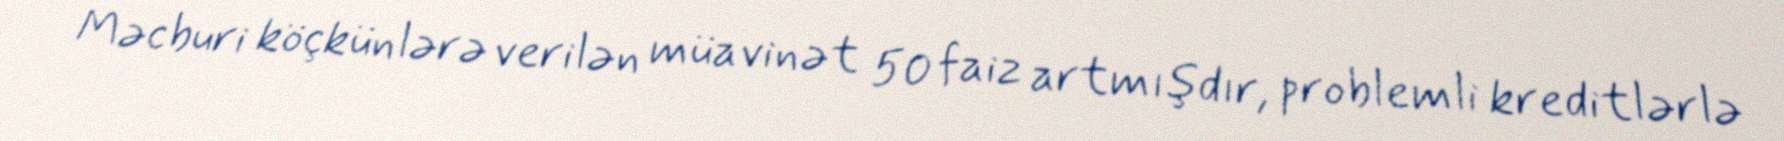
Məcburi köçkünlərə verilən müavinət 50 faiz artmışdır, problemli kreditlərlə